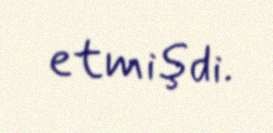
etmişdi.